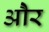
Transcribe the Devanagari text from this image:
ओेैर